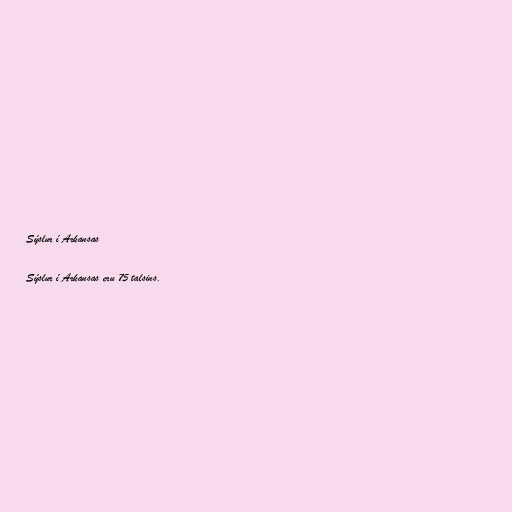
Sýslur í Arkansas

Sýslur í Arkansas eru 75 talsins.